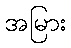
အမြား